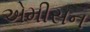
એમીસન